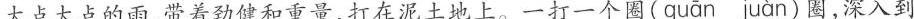
大点大点的雨，带着劲健和重量，打在泥土地上。一打一个圈（quān juàn ）圈，深入到